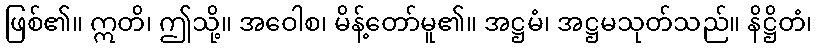
ဖြစ်၏။ ဣတိ၊ ဤသို့။ အဝေါစ၊ မိန့်တော်မူ၏။ အဋ္ဌမံ၊ အဋ္ဌမသုတ်သည်။ နိဋ္ဌိတံ၊